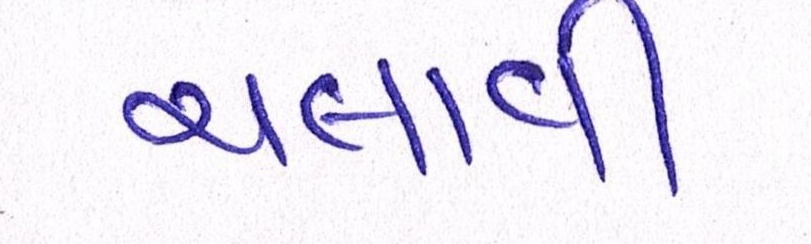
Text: ચલાવી